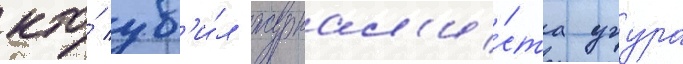
кто́ уб'и́л журнал'и́ста угура